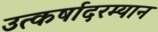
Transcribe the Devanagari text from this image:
उत्कर्षादरम्यान